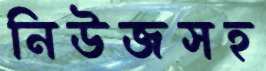
নিউজসহ